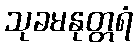
သုခမနုတ္တရံ